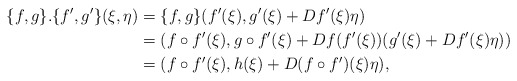
\begin{align*}\{f,g\}.\{f',g'\}(\xi,\eta)&=\{f,g\}(f'(\xi),g'(\xi)+Df'(\xi)\eta)\\*&=(f\circ f'(\xi),g\circ f'(\xi)+Df(f'(\xi))(g'(\xi)+Df'(\xi)\eta))\\*&=(f\circ f'(\xi),h(\xi)+D(f\circ f')(\xi)\eta),\end{align*}